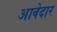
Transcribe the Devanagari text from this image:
आवेदार